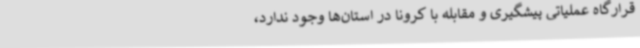
قرارگاه عملیاتی پیشگیری و مقابله با کرونا در استان‌ها وجود ندارد،